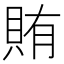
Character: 賄